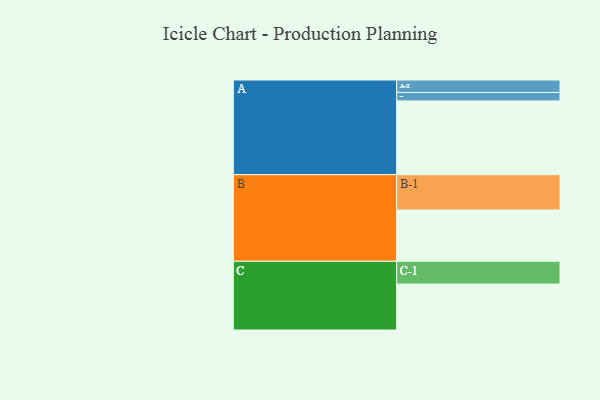
{"axis": {"x": "Segment", "y": "Value"}, "legend": ["", "A", "B", "C"], "data": [{"x": "A", "y": 515, "type": ""}, {"x": "B", "y": 358, "type": ""}, {"x": "C", "y": 321, "type": ""}, {"x": "A-1", "y": 59, "type": "A"}, {"x": "A-2", "y": 87, "type": "A"}, {"x": "B-1", "y": 247, "type": "B"}, {"x": "C-1", "y": 159, "type": "C"}]}